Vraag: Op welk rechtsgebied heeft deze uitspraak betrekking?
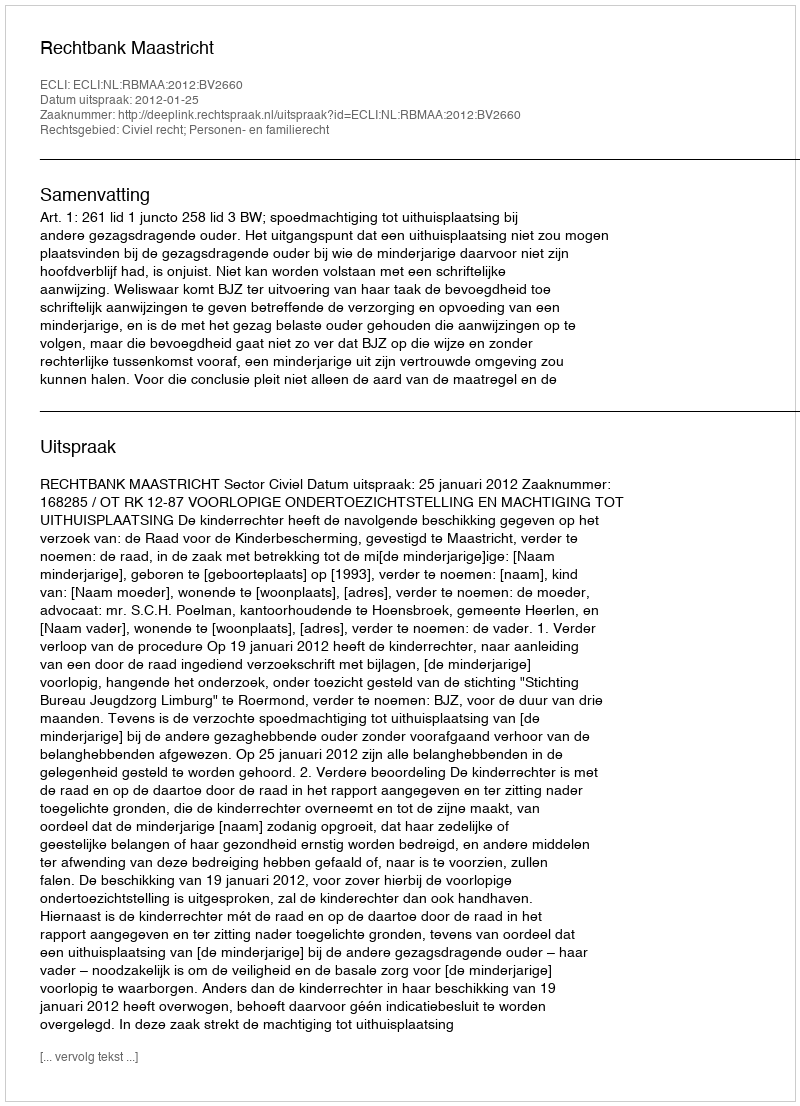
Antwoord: Civiel recht; Personen- en familierecht